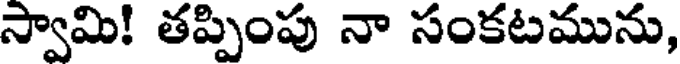
స్వామి! తప్పింపు నా సంకటమును,